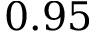
0 . 9 5